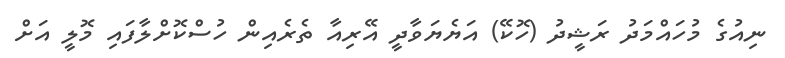
ނިއުގެ މުހައްމަދު ރަޝީދު (ހޮކޭ) އަޔެޔަވާދީ އޭރިއާ ތެރެއިން ހުސްކޮށްލާފައި މޮލީ އަށް